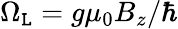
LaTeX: \Omega_{\mathtt{L}}=g\mu_{0}B_{z}/\hbar